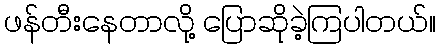
ဖန်တီးနေတာလို့ ပြောဆိုခဲ့ကြပါတယ်။